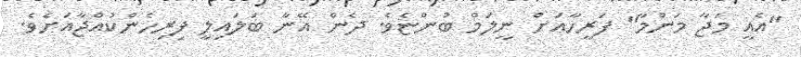
"އެއީ މަޖާ މަންމާ" ފަރީހާއަށް ނީލަމް ބުންޏެވެ. ދެން އޭނާ ބަލައިލީ ފިރިހެންކުއްޖާއަށެވެ.